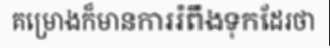
គម្រោងក៏មានការរំពឹងទុកដែរថា